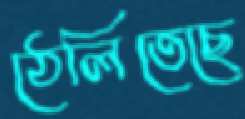
ঠেলিতেছে